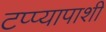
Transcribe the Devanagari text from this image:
टप्प्यापाशी